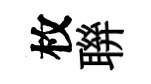
枚聨